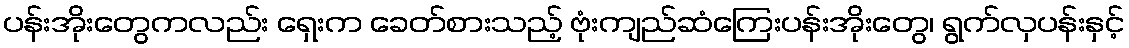
ပန်းအိုးတွေကလည်း ရှေးက ခေတ်စားသည့် ဗုံးကျည်ဆံကြေးပန်းအိုးတွေ၊ ရွက်လှပန်းနှင့်